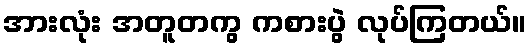
အားလုံး အတူတကွ ကစားပွဲ လုပ်ကြတယ်။